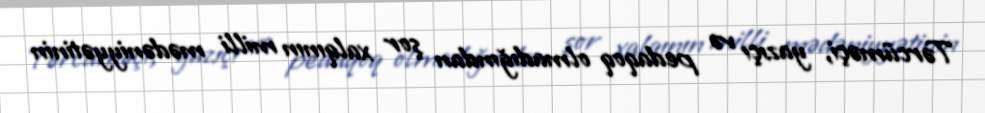
Tərcüməçi, yazıçı və pedaqoq olmadığından şor xalqının milli mədəniyyətinin